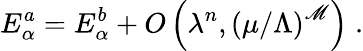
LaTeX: E_{\alpha}^{a}=E_{\alpha}^{b}+O\left(\lambda^{n},\left({\mu/\Lambda}\right)^{\mathscr{M}}\right)\; .